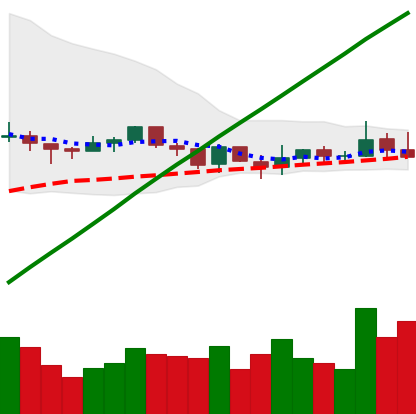
Ticker: XLM-USD
Chart end date: 2021-03-22
Forward return: -3.029%
Label: down_3_5